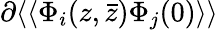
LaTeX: \partial\langle\langle\Phi_{i}(z,\bar{z})\Phi_{j}(0)\rangle\rangle